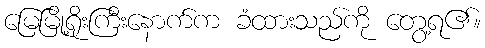
မြေမြို့ရိုးကြီးနောက်က ခံထားသည်ကို တွေ့ရ၏။